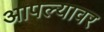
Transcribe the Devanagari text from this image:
आपल्‍यावर